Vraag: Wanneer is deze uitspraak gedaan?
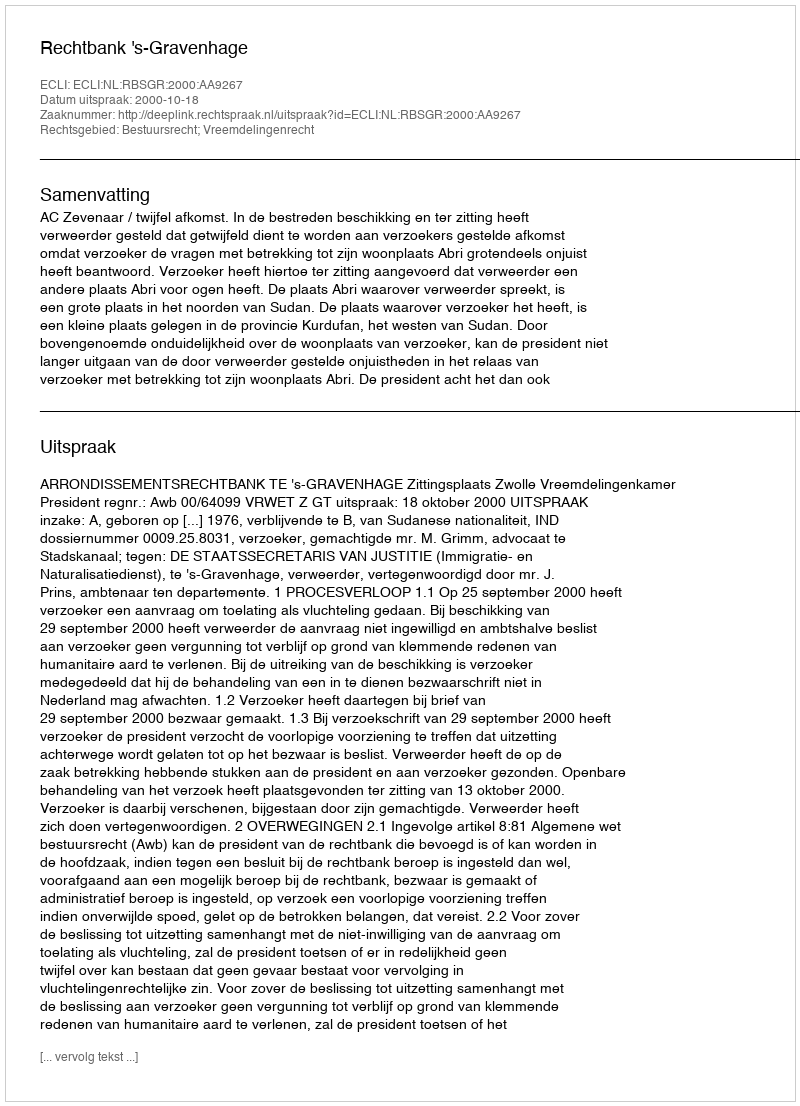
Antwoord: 2000-10-18